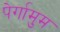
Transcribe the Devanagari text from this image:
पेर्गामुम